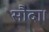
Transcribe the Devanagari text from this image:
सौदा।